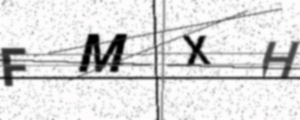
Text: FMXH